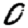
Digit: 0